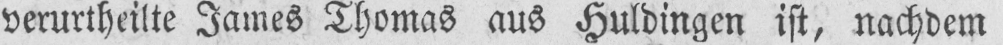
verurtheilte James Thomas aus Huldingen ist, nachdem